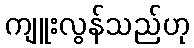
ကျူးလွန်သည်ဟု